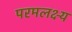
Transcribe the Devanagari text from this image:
परमलक्ष्य